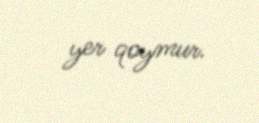
yer qoymur.